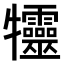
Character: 𤜙